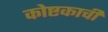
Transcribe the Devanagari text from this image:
कोष्टकाची